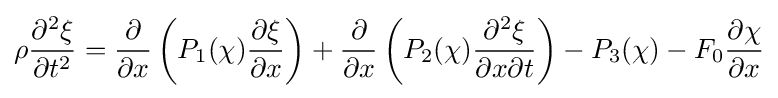
\rho {\partial ^{2}\xi  \over \partial t^{2}}={\partial  \over \partial x}\left(P_{1}(\chi ){\partial \xi  \over \partial x}\right)+{\partial  \over \partial x}\left(P_{2}(\chi ){\partial ^{2}\xi  \over \partial x\partial t}\right)-P_{3}(\chi )-F_{0}{\partial \chi  \over \partial x}